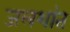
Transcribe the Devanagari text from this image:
जलशांत